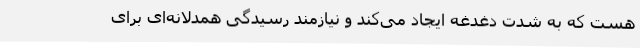
هست که به شدت دغدغه ایجاد می‌کند و نیازمند رسیدگی همدلانه‌ای برای